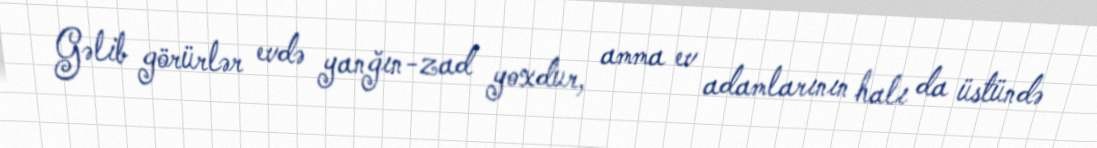
Gəlib görürlər evdə yanğın-zad yoxdur, amma ev adamlarının halı da üstündə